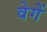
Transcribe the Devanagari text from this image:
वेगें